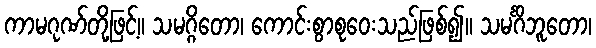
ကာမဂုဏ်တို့ဖြင့်။ သမဂ္ဂိတော၊ ကောင်းစွာစုဝေးသည်ဖြစ်၍။ သမင်္ဂိဘူတော၊